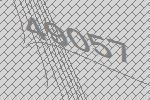
49057